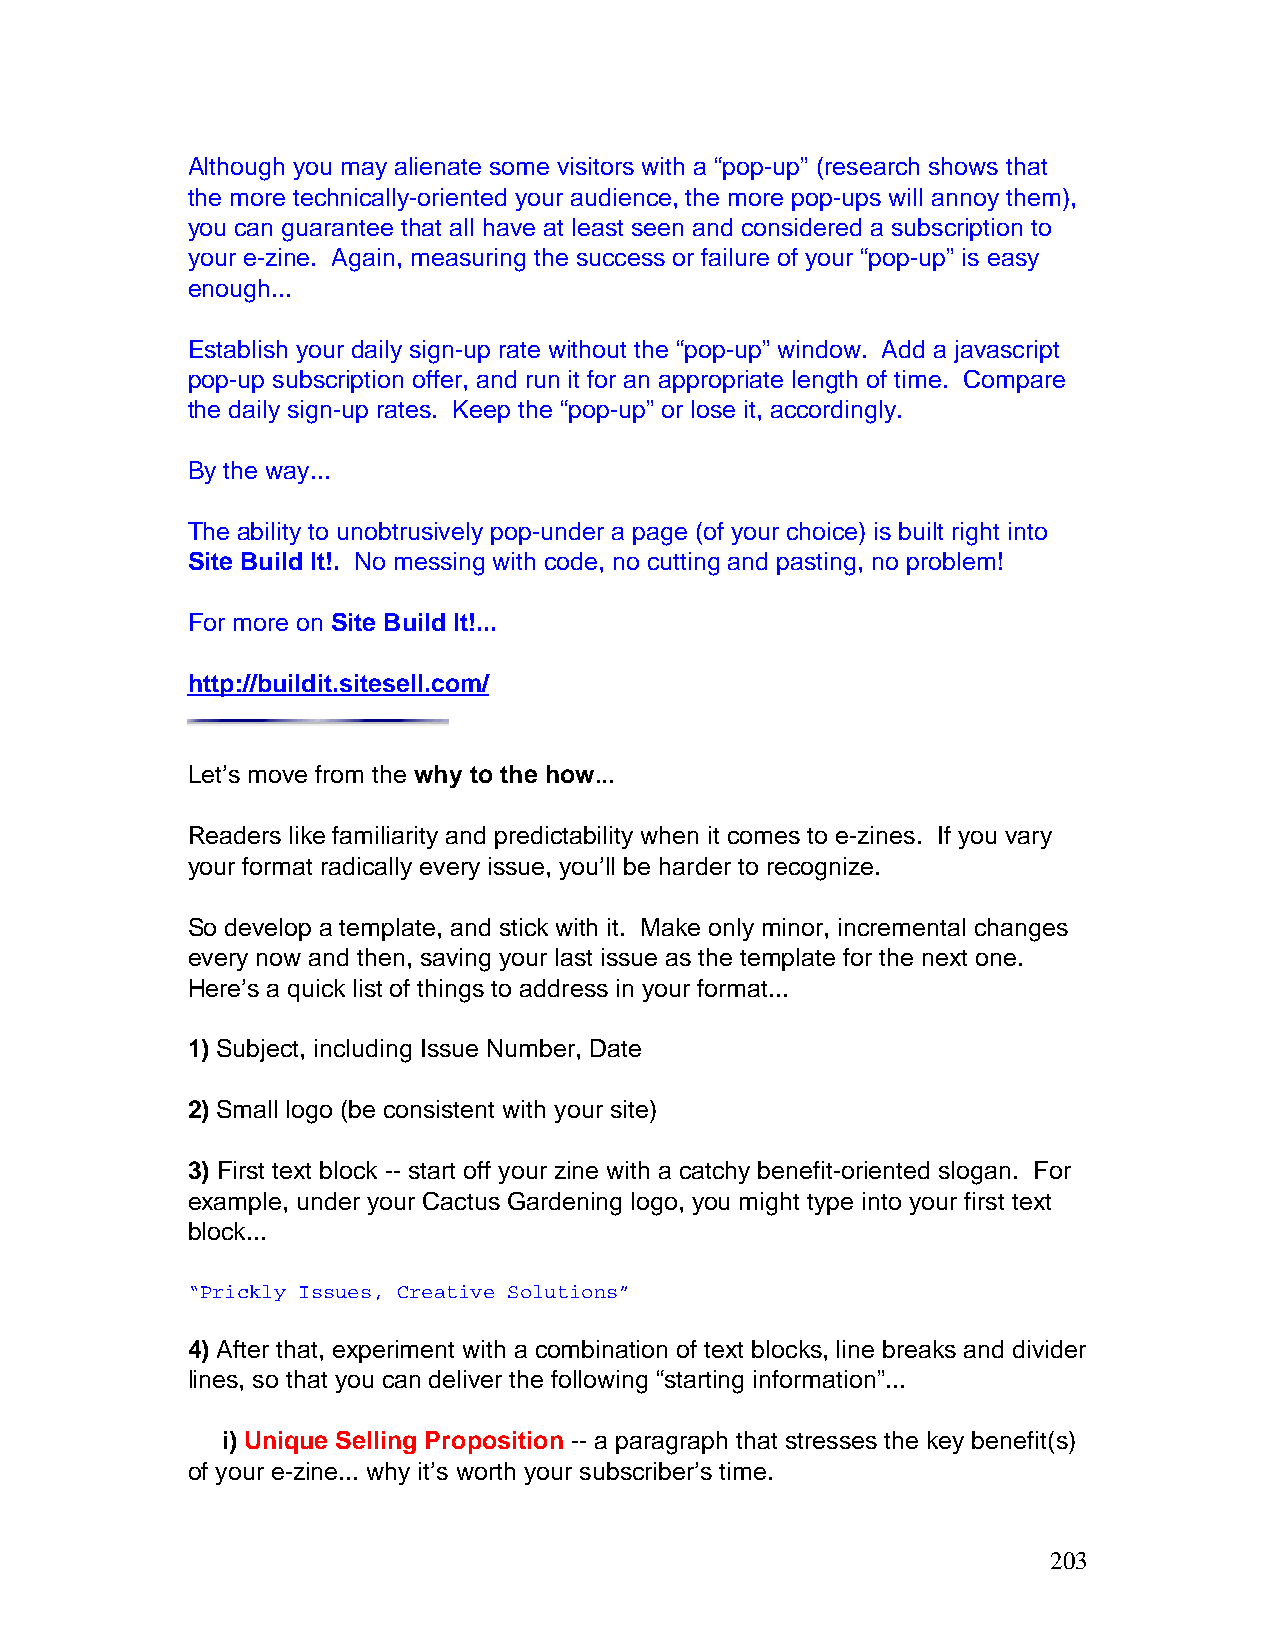
Although you may alienate some visitors with a “pop-up” (research shows that
 the more technically-oriented your audience, the more pop-ups will annoy them),
 you can guarantee that all have at least seen and considered a subscription to
 your e-zine. Again, measuring the success or failure of your “pop-up” is easy
 enough...
 Establish your daily sign-up rate without the “pop-up” window. Add a javascript
 pop-up subscription offer, and run it for an appropriate length of time. Compare
 the daily sign-up rates. Keep the “pop-up” or lose it, accordingly.
 By the way...
 The ability to unobtrusively pop-under a page (of your choice) is built right into
 Site Build It!. No messing with code, no cutting and pasting, no problem!
 For more on Site Build It!...
 http://buildit.sitesell.com/
 Let’s move from the why to the how...
 Readers like familiarity and predictability when it comes to e-zines. If you vary
 your format radically every issue, you’ll be harder to recognize.
 So develop a template, and stick with it. Make only minor, incremental changes
 every now and then, saving your last issue as the template for the next one.
 Here’s a quick list of things to address in your format...
 1) Subject, including Issue Number, Date
 2) Small logo (be consistent with your site)
 3) First text block -- start off your zine with a catchy benefit-oriented slogan. For
 example, under your Cactus Gardening logo, you might type into your first text
 block...
 “Prickly Issues, Creative Solutions”
 4) After that, experiment with a combination of text blocks, line breaks and divider
 lines, so that you can deliver the following “starting information”...
 i) Unique Selling Proposition -- a paragraph that stresses the key benefit(s)
 of your e-zine... why it’s worth your subscriber’s time.
 203